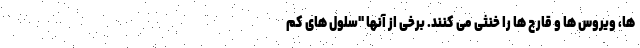
ها، ویروس ها و قارچ ها را خنثی می کنند. برخی از آنها "سلول های کم